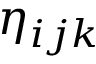
\eta _ { i j k }